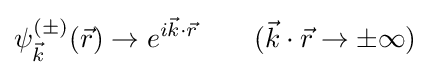
\psi _{\vec {k}}^{(\pm )}({\vec {r}})\rightarrow e^{i{\vec {k}}\cdot {\vec {r}}}\qquad ({\vec {k}}\cdot {\vec {r}}\rightarrow \pm \infty )